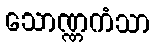
သောဏ္ဏကံသာ